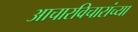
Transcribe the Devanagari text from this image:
आचारविचारांच्या